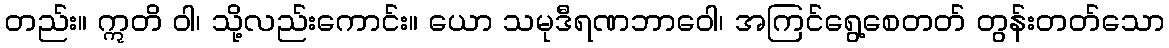
တည်း။ ဣတိ ဝါ၊ သို့လည်းကောင်း။ ယော သမုဒီရဏဘာဝေါ၊ အကြင်ရွေ့စေတတ် တွန်းတတ်သော